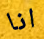
انا